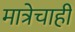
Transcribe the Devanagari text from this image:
मात्रेचाही